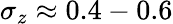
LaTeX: \sigma_{z}\approx 0.4-0.6